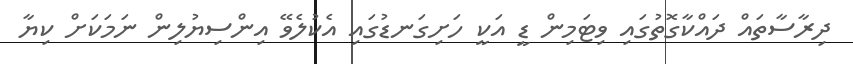
ދިރާސާތައް ދައްކާގޮތުގައި ވިޓަމިން ޑީ އަކީ ހަށިގަނޑުގައި އެކުލެވޭ އިންސިޔުލިން ނަމަކަށް ކިޔާ